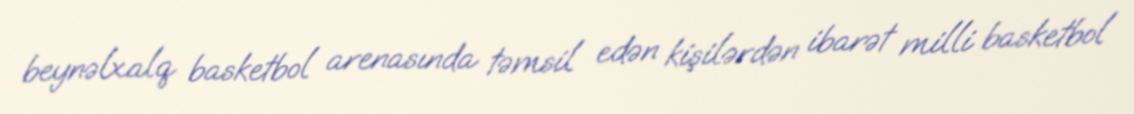
beynəlxalq basketbol arenasında təmsil edən kişilərdən ibarət milli basketbol